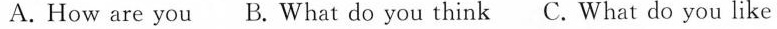
A. How are you B. What do you think C. What do you like